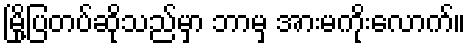
မြို့ပြတပ်ဆိုသည်မှာ ဘာမှ အားမကိုးလောက်။